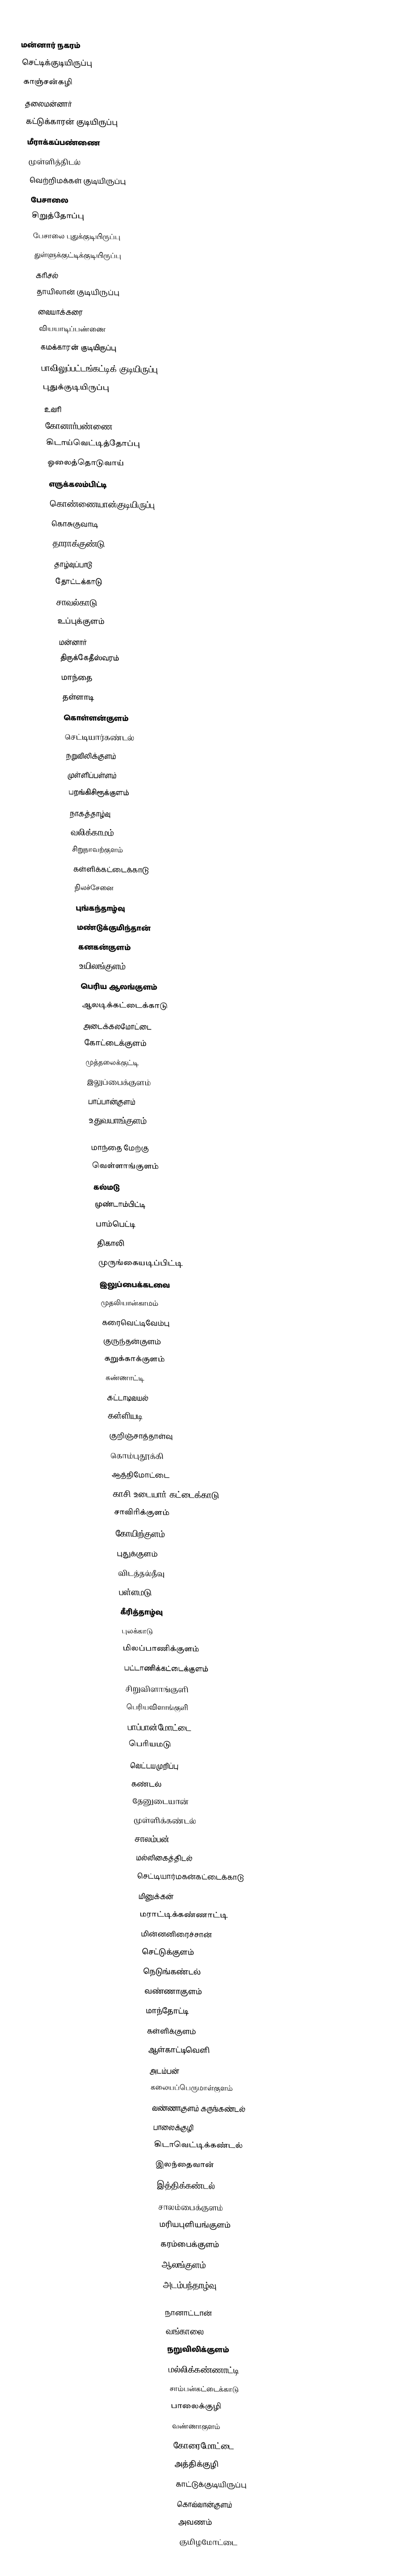

மன்னார் நகரம்
 செட்டிக்குடியிருப்பு
 காஞ்சன்கழி
 தலைமன்னார்
 கட்டுக்காரன் குடியிருப்பு
 மீராக்கப்பண்ணை
 முள்ளித்திடல்
 வெற்றிமக்கள் குடியிருப்பு
 பேசாலை
 சிறுத்தோப்பு
 பேசாலை புதுக்குடியிருப்பு
 துள்ளுக்குட்டிக்குடியிருப்பு
 கரிசல்
 தாயிலான் குடியிருப்பு
 வையாக்கரை
 வியயாடிப்பண்ணை
 கமக்காரன் குடியிருப்பு
 பாவிலுப்பட்டங்கட்டிக் குடியிருப்பு
 புதுக்குடியிருப்பு
 உவரி
 கோனார்பண்ணை
 கிடாய்வெட்டித்தோப்பு
 ஓலைத்தொடுவாய்
 எருக்கலம்பிட்டி
 கொண்ணையான்குடியிருப்பு
 கொசுகுவாடி
 தாராக்குண்டு
 தாழ்வுப்பாடு
 தோட்டக்காடு
 சாவல்காடு
 உப்புக்குளம்
 மன்னார்
 திருக்கேதீஸ்வரம்
 மாந்தை
 தள்ளாடி
 கொள்ளன்குளம்
 செட்டியார்கண்டல்
 நறுவிலிக்குளம்
 முள்ளிப்பள்ளம்
 பறங்கிசிரூக்குளம்
 நாகத்தாழ்வு
 வலிக்காமம்
 சிறுநாவற்குளம்
 கள்ளிக்கட்டைக்காடு
 நிலச்சேனை
 புங்கந்தாழ்வு
 மண்டுக்குமிந்தான்
 கனகன்குளம்
 உயிலங்குளம்
 பெரிய ஆலங்குளம்
 ஆலடிக்கட்டைக்காடு
 அடைக்கலமோட்டை
 கோட்டைக்குளம்
 முத்தலைக்குட்டி
 இலுப்பைக்குளம்
 பாப்பான்குளம்
 உதுவயாங்குளம்

மாந்தை மேற்கு
 வெள்ளாங்குளம்
 கல்மடு
 முண்டாம்பிட்டி
 பாம்பெட்டி
 திகாலி
 முருங்கையடிப்பிட்டி
 இலுப்பைக்கடவை
 முதலியான்காமம்
 கரைவெட்டிவேம்பு
 குருந்தன்குளம்
 கறுக்காக்குளம்
 கண்ணாட்டி
 கட்டாடிவயல்
 கள்ளியடி
 குறிஞ்சாத்தாள்வு
 கொம்புதூக்கி
 ஆத்திமோட்டை
 காசி உடையார் கட்டைக்காடு
 சாவிரிக்குளம்
 கோயிற்குளம்
 புதுக்குளம்
 விடத்தல்தீவு
 பள்ளமடு
 கீரித்தாழ்வு
 புலக்காடு
 மிலப்பாணிக்குளம்
 பட்டாணிக்கட்டைக்குளம்
 சிறுவிளாங்குளி
 பெரியவிளாங்குளி
 பாப்பான்மோட்டை
 பெரியமடு
 வெட்டயமுறிப்பு
 கண்டல்
 தேனுடையான்
 முள்ளிக்கண்டல்
 சாலம்பன்
 மல்லிகைத்திடல்
 செட்டியார்மகன்கட்டைக்காடு
 மினுக்கன்
 மராட்டிக்கண்ணாட்டி
 மின்னனிரைச்சான்
 செட்டுக்குளம்
 நெடுங்கண்டல்
 வண்ணாகுளம்
 மாந்தோட்டி
 கள்ளிக்குளம்
 ஆள்காட்டிவெளி
 அடம்பன்
 கலையப்பெருமாள்குளம்
 வண்ணாகுளம் கருங்கண்டல்
 பாலைக்குழி
 கிடாவெட்டிக்கண்டல்
 இலந்தைவான்
 இத்திக்கண்டல்
 சாலம்பைக்குளம்
 மரியபுளியங்குளம்
 கரம்பைக்குளம்
 ஆலங்குளம்
 அடம்பந்தாழ்வு

நானாட்டான்
 வங்காலை
 நறுவிலிக்குளம்
 மல்லிக்கண்ணாட்டி
 சாம்பன்கட்டைக்காடு
 பாலைக்குழி
 வண்ணாகுளம்
 கோரைமோட்டை
 அத்திக்குழி
 காட்டுக்குடியிருப்பு
 கொவ்வான்குளம்
 அவணம்
 குமிழமோட்டை